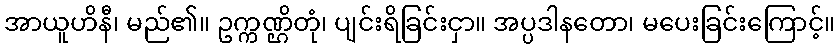
အာယူဟိနီ၊ မည်၏။ ဥက္ကဏ္ဌိတုံ၊ ပျင်းရိခြင်းငှာ။ အပ္ပဒါနတော၊ မပေးခြင်းကြောင့်။